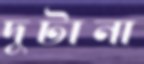
দুটানা